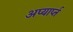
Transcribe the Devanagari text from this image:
अप्यार्प्त